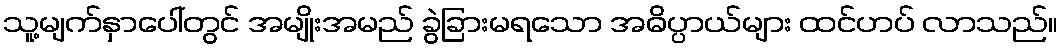
သူ့မျက်နှာပေါ်တွင် အမျိုးအမည် ခွဲခြားမရသော အဓိပ္ပာယ်များ ထင်ဟပ် လာသည်။